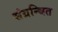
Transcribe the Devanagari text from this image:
संग्रन्थित